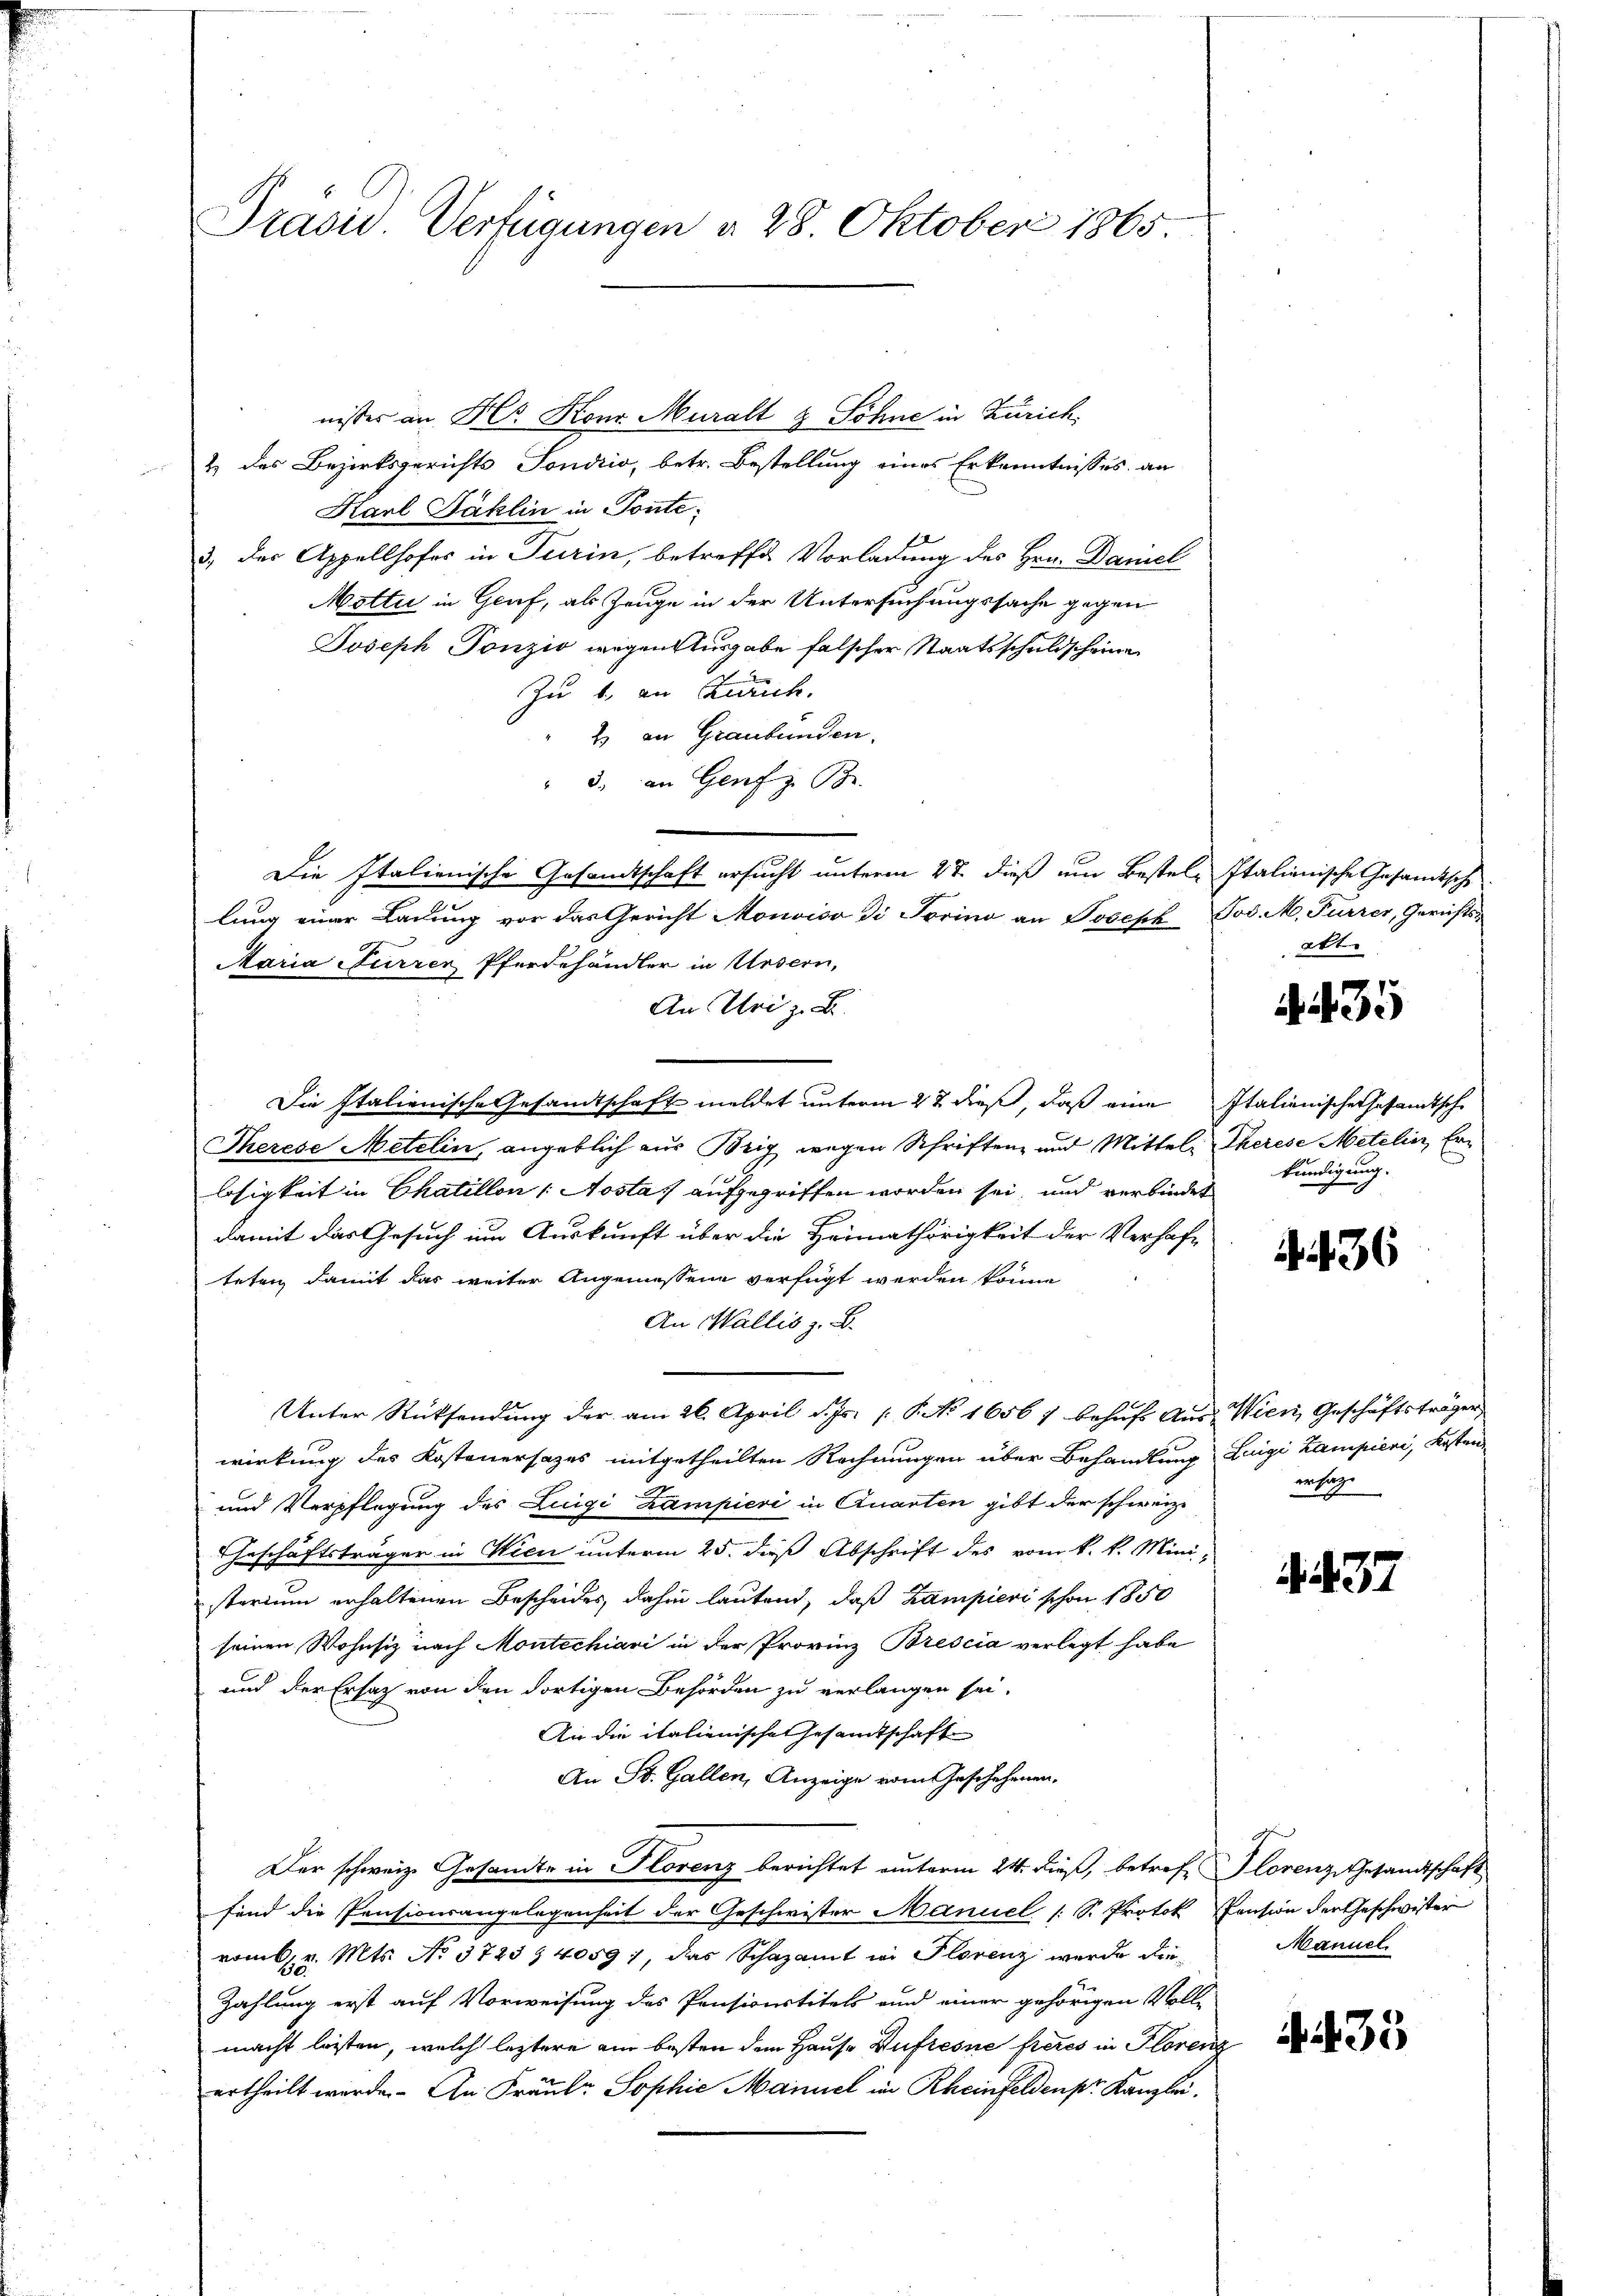
Prasis. Verfügungen d. 28. Oktober 1865

nisser an Hr. Konz Muralt & Söhne in Zürich,
2 des Bezirksgerichts Sondrio, betr. Bestellung eines Erkenntnisses an
Karl Fäklin in Tonte
3) der Appellhofes in Turin, betreffe Vorladung des Hrn. Daniel
Motti in Gruf, als Zeuge in der Untersuchungssache gegen
Joseph Tonzić wegen Ausgabe falscher Staatsschuldscheine
Zu 1. an Kirch.
2 an Graubünden.
" 3. an Genf z. B.
Die Italienische Gesandtschaft ersucht unterm 27. dieß um Bestel- Italienische Gesandtsche
lung einer Ladung vor das Gericht Monsiso di Torino an Joseph Tod. M. Furrer, Gerichts¬
Maria Furren Pferdehändler in Ursern,
An Uri z. B.
Die Italienische Gesandtschaft meldet unterm 2t dieß, daß eine Italienischer Gesamtsch
Therese Metelin, angeblich aus Brig wegen Schriften und Mittel Therese Metelin, Erlosigkeit in Chatillon Aosta aufgegriffen worden sei, und verbindet
damit das Gesuch um Auskunft über die Heimathörigkeit der Verhafteten damit das weiter Angemessene verfügt werden könne
An Wallis z. B.
Unter Rücksendung der am 26. April d. Js. P. No 16567 behufs Aus Wien, Geschäftsträger
wirkung des Kostenersazes mitgetheilten Rechnungen über Behandlung Luigi Lampieri, Kosten
und Verpflegung des Luigi Zampieri in Quarten gibt der schweiz.
Geschäftsträger in Wien unterm 25. dieß Abschrift des vom k. k. Mini-
sterium erhaltenen Bescheides, dahin lautend, daß Kampieri schon 1850
seinen Wohnsiz nach Montechiari in der Provinz Brescia verlegt habe
und der Ersatz von den dortigen Behörden zu verlangen sei.
An die italienische Gesamtschaft
An St. Gallen, Anzeige vom Geschehenen,
Der schweiz. Gesandte in Florenz berichtet unterm 24. dieß, betreff Florenz, Gesandtschaft
sind die Pensionsangelegenheit der Geschwister Manuel [S. Protok Pension der Geschwister
vom 6. v. Mts. No. 3723 & 40597, das Schazamt in Florenz wurde die¬
Zahlung erst auf Vorweisung des Pensionstitels und einer gehörigen Volle
macht lesten, welch leztere am besten dem Hause Huftesne freies in Florenz
ertheilt werde. An Fräule Sophie Manuel in Rheinfeldenpr. Kanzlei,

att

35

kündigung.

36

mecharge

32

Manuel.

35